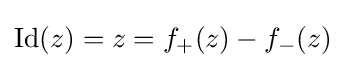
\operatorname {Id} (z)=z=f_{+}(z)-f_{-}(z)